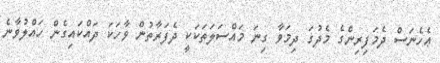
ޢެހެނަސް ދެމަފިރިންގެ މެދުގަ ދިމަވާ ގިނަ މައްސަލަތަކަކީ ދެފަރާތުން ވާހަކަ ދައްކައިގެން ހައްލުވާނެ